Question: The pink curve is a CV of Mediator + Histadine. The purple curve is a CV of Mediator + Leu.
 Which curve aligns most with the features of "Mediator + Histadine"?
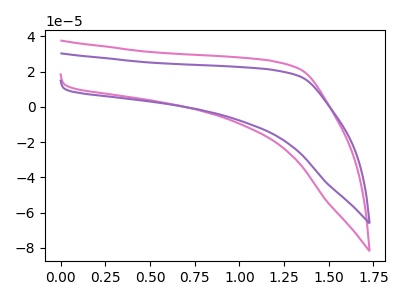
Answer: <think>The pink curve "Mediator + Histadine" has no peaks. The purple curve "Mediator + Leu" has no peaks.
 Neither "Mediator + Histadine" or "Mediator + Leu" have any peaks.</think>
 <answer>The CV with the most similar shape to "Mediator + Leu" is "Mediator + Histadine".</answer>
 <eval>"Mediator + Histadine"</eval>